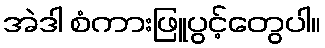
အဲဒါ စံကားဖြူပွင့်တွေပါ။